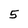
Character: 5